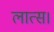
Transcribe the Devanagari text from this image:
लात्स।